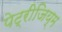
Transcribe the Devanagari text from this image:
पेट्रीजिय्म